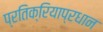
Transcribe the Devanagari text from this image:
प्रतिक्रियाप्रधान